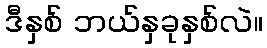
ဒီနှစ် ဘယ်နှခုနှစ်လဲ။